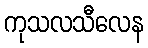
ကုသလသီလေန